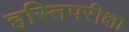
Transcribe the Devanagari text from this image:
हस्तिपरीक्षा